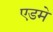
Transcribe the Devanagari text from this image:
एडमे